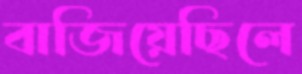
বাজিয়েছিলে